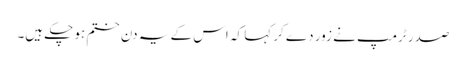
صدر ٹرمپ نے زور دے کر کہا کہ اس کے یہ دن ختم ہو چکے ہیں۔